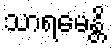
သာရမေန္တိ